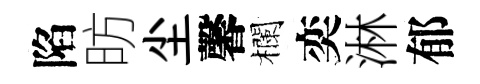
陷昉尘馨欄奕淋郁